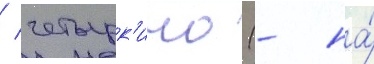
/ четырк'ино (- на́